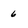
Character: 6